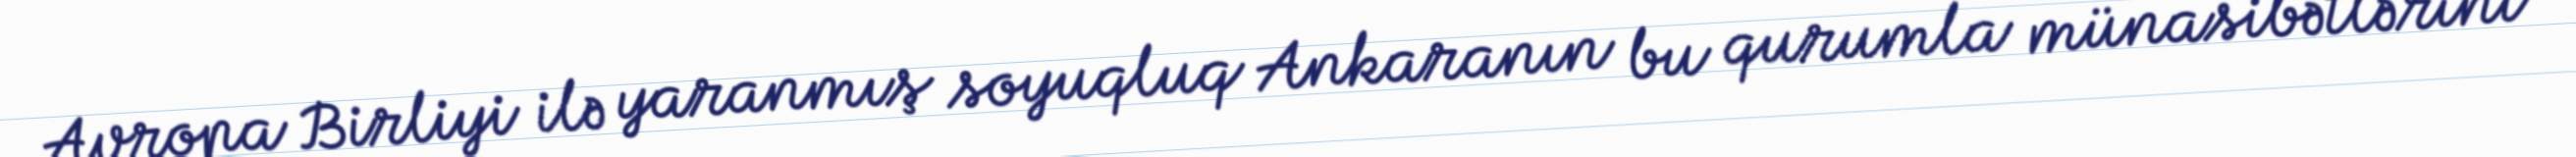
Avropa Birliyi ilə yaranmış soyuqluq Ankaranın bu qurumla münasibətlərini